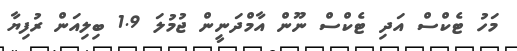
މަހު ޓެކްސް އަދި ޓެކްސް ނޫން އާމްދަނީން ޖުމުލަ 1.9 ބިލިއަން ރުފިޔާ